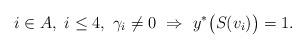
LaTeX: \begin{align*}i \in A, \ i \le 4,\ \gamma_i \ne 0 \ \Rightarrow \ y^* \bigl( S(v_i)\bigr) =1.\end{align*}